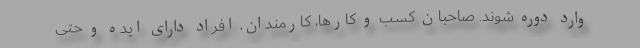
وارد دوره شوند. صاحبان کسب و کارها، کارمندان، افراد دارای ایده و حتی